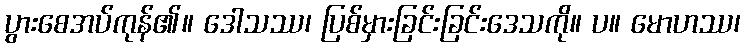
ပွားစေအပ်ကုန်၏။ ဒေါသဿ၊ ပြစ်မှားခြင်းခြင်းဒေသကို။ ပ။ မောဟဿ၊